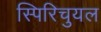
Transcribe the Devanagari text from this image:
स्पिरिचुयल